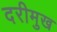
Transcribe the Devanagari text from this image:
दरीमुख